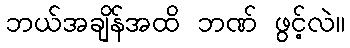
ဘယ်အချိန်အထိ ဘဏ် ဖွင့်လဲ။